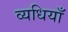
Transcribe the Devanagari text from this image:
व्यधियाँ